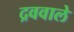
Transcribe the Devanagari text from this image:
द्रववाले